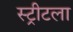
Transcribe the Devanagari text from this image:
स्ट्रीटला